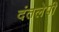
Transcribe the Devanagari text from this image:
दंतलेपी